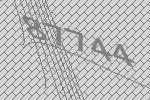
87744